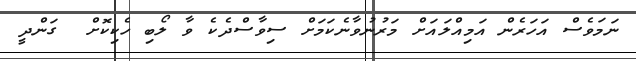
ނަމަވެސް އަހަރެން އަމިއްލައަށް މަރުނުވާނެކަމަށް ސިވާސްދެކެ ވާ ލޯބި ހެކިކޮށް  ގަންދީ